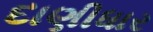
દાણીધાર